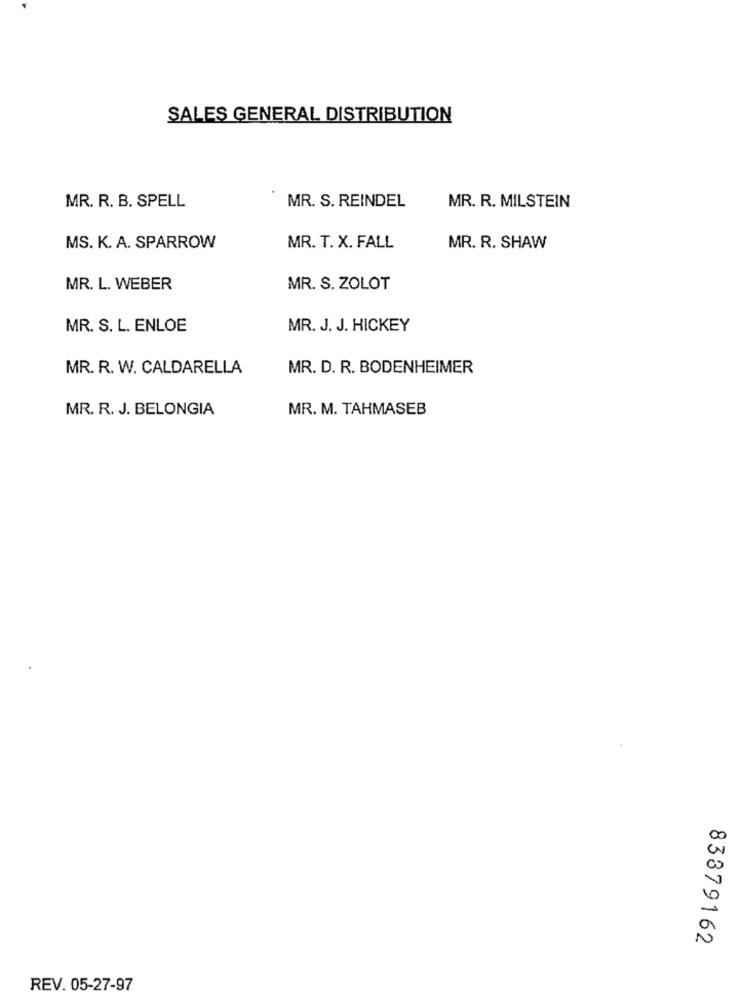
SALES GENERAL DISTRIBUTION
MR. S. REINDEL
MR. R. B. SPELL
MR. R. MILSTEIN
MS. K. A. SPARROW
MR. T. X. FALL
MR. R. SHAW
MR. L. WEBER
MR. S. ZOLOT
MR. S. L. ENLOE
MR. J. J. HICKEY
MR. R. W. CALDARELLA
MR. D. R. BODENHEIMER
MR. R. J. BELONGIA
MR. M. TAHMASEB
83379162
REV. 05-27-97